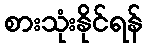
စားသုံးနိုင်ရန်